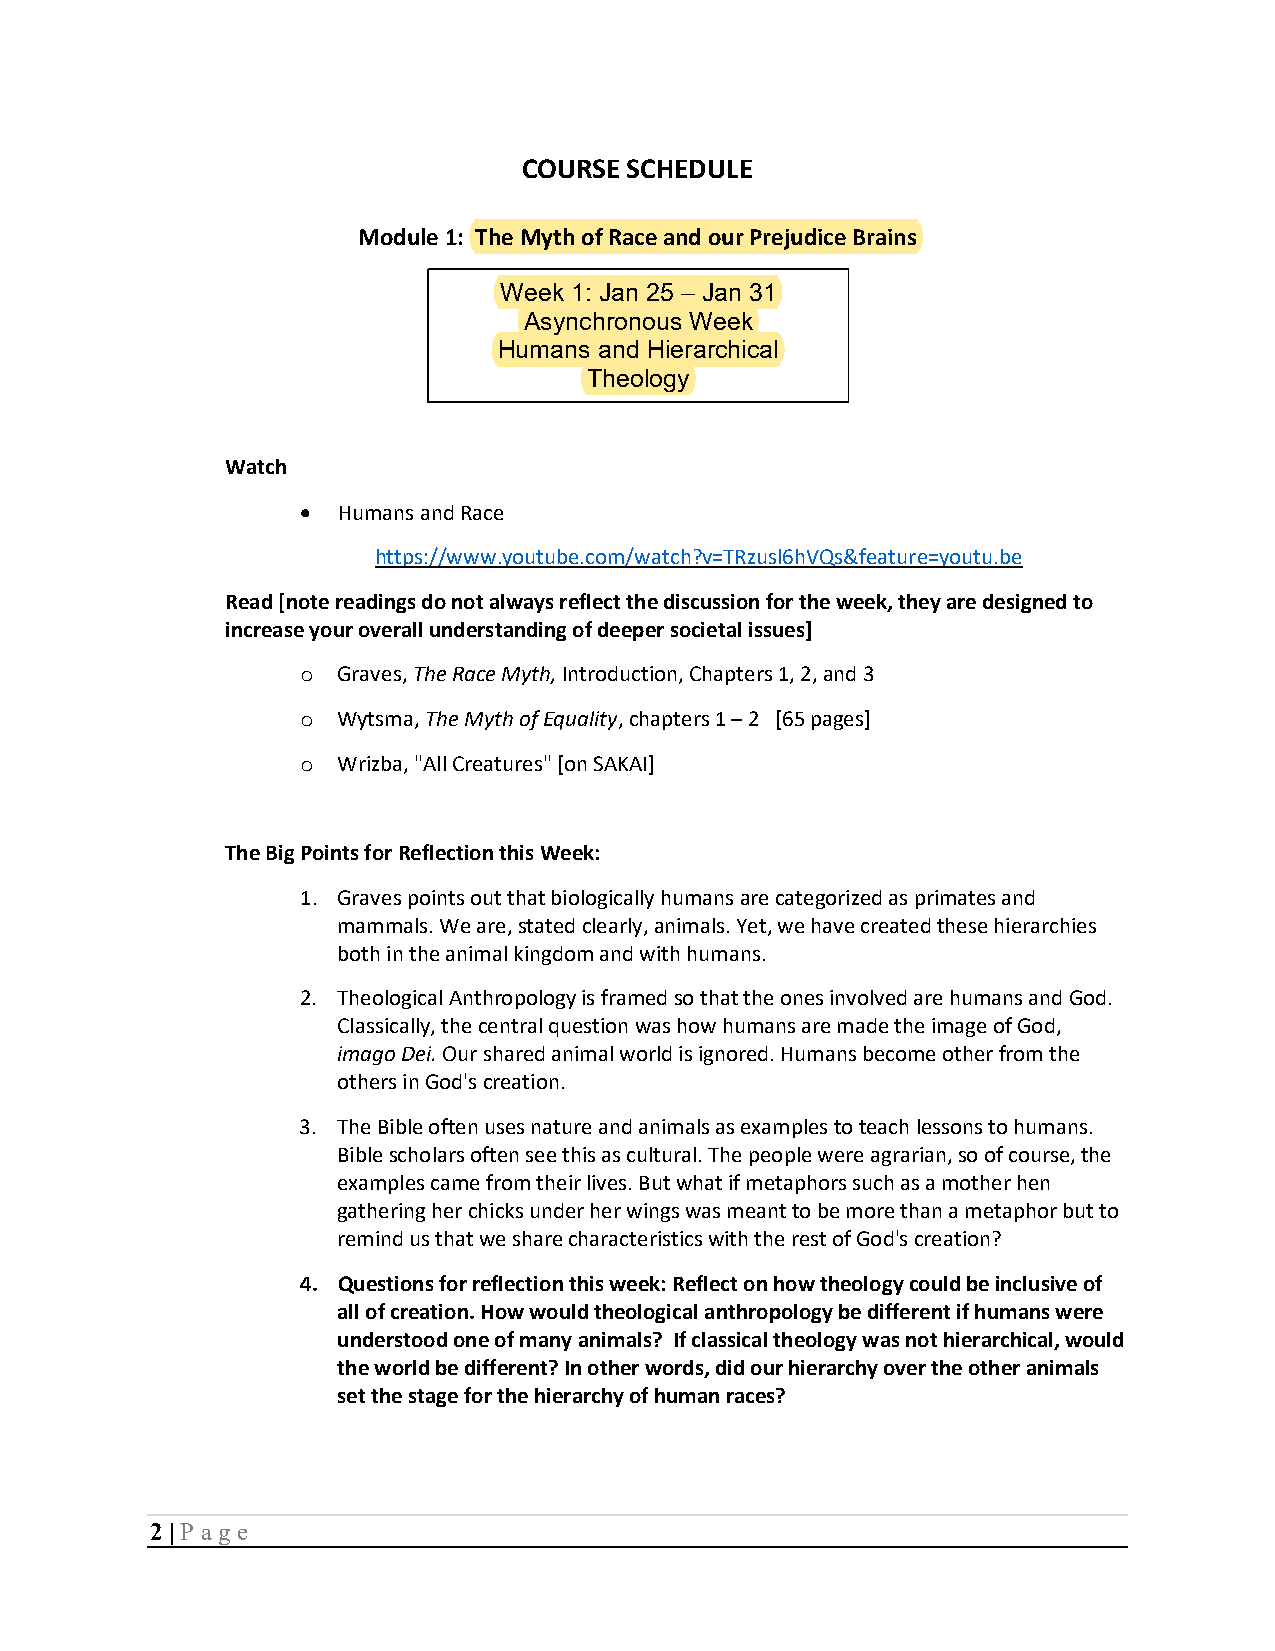
COURSE SCHEDULE
 Module 1: The Myth of Race and our Prejudice Brains
 Week 1: Jan 25 – Jan 31
 Asynchronous Week
 Humans and Hierarchical
 Theology
 Watch
 • Humans and Race
 https://www.youtube.com/watch?v=TRzusl6hVQs&feature=youtu.be
 Read [note readings do not always reflect the discussion for the week, they are designed to
 increase your overall understanding of deeper societal issues]
 Graves, The Race Myth, Introduction, Chapters 1, 2, and 3
 o
 Wytsma, The Myth of Equality, chapters 1 – 2 [65 pages]
 o
 Wrizba, "All Creatures" [on SAKAI]
 o
 The Big Points for Reflection this Week:
 1. Graves points out that biologically humans are categorized as primates and
 mammals. We are, stated clearly, animals. Yet, we have created these hierarchies
 both in the animal kingdom and with humans.
 2. Theological Anthropology is framed so that the ones involved are humans and God.
 Classically, the central question was how humans are made the image of God,
 imago Dei. Our shared animal world is ignored. Humans become other from the
 others in God's creation.
 3. The Bible often uses nature and animals as examples to teach lessons to humans.
 Bible scholars often see this as cultural. The people were agrarian, so of course, the
 examples came from their lives. But what if metaphors such as a mother hen
 gathering her chicks under her wings was meant to be more than a metaphor but to
 remind us that we share characteristics with the rest of God's creation?
 4. Questions for reflection this week: Reflect on how theology could be inclusive of
 all of creation. How would theological anthropology be different if humans were
 understood one of many animals? If classical theology was not hierarchical, would
 the world be different? In other words, did our hierarchy over the other animals
 set the stage for the hierarchy of human races?
 2 | P age